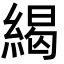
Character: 䋵